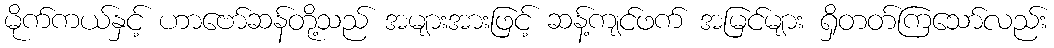
မိုက်ကယ်နှင့် ဟာဗော်ဆန်တို့သည် အများအားဖြင့် ဆန့်ကျင်ဖက် အမြင်များ ရှိတတ်ကြသော်လည်း